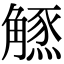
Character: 𧤲